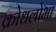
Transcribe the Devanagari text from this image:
क्रोधलोभा